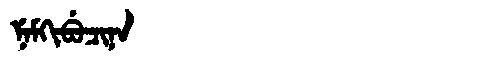
Manchu: ᠨᡝᠮᡴᡳᠪᡠᠴᡳᠨᠠ
Romanization: NEMKIBUCINA